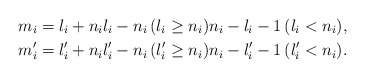
\begin{align*}&m_i = l_i + n_i l_i - n_i\, (l_i \geq n_i) n_i - l_i - 1 \,(l_i < n_i), \\&m'_i = l'_i + n_i l'_i - n_i \,(l'_i \geq n_i) n_i - l'_i - 1 \,(l'_i < n_i).\end{align*}